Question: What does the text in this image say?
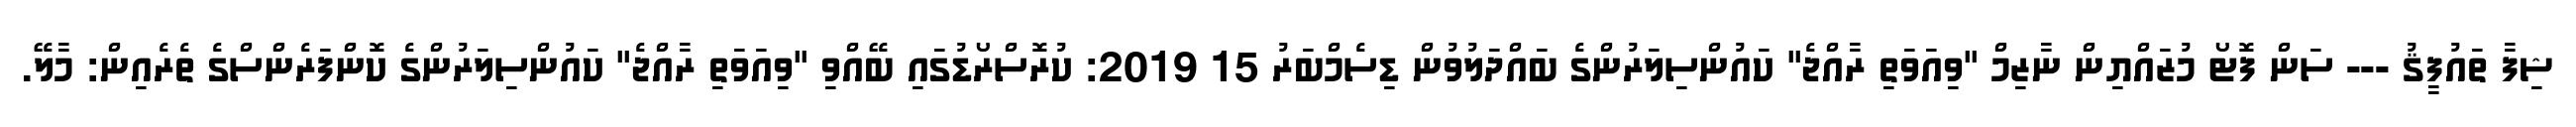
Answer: ޝިފާ ތައުފީޤު --- ސަން ފޮޓޯ މުޒައްޔިން ނާޒިމް "ވިއަވަތި ރާއްޖެ" ކައުންސިލަރުންގެ ބައްދަލުވުން ޑިސެމްބަރު 15 2019: ކުރޮސްރޯޑުގައި ބޭއްވި "ވިއަވަތި ރާއްޖެ" ކައުންސިލަރުންގެ ކޮންފަރެންސްގެ ތެރެއިން: މާލޭ.